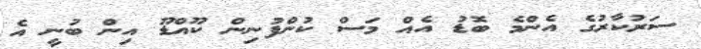
ސަރުކާރުގެ އެންމެ ބޮޑު އެއް މަސް ކުންފުނިން ކޫއްޑޫ އިން ބުނީ އެ